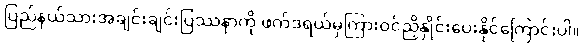
ပြည်နယ်သားအချင်းချင်းပြဿနာကို ဖက်ဒရယ်မှကြားဝင်ညှိနှိုင်းပေးနိုင်ကြောင်းပါ။